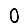
Digit: 0